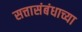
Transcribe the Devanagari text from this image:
सत्तासंबंधाच्या